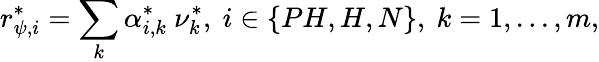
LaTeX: r_{\psi,i}^{*}=\sum_{k}\alpha_{i,k}^{*}\ \nu_{k}^{*},\ i\in\{ PH,H,N\} ,\ k=1,...,m,